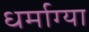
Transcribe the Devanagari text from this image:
धर्माग्या